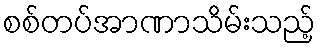
စစ်တပ်အာဏာသိမ်းသည့်